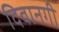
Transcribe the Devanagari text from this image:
दिवानगी